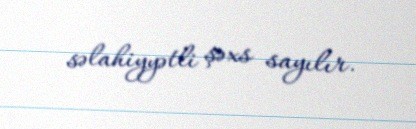
səlahiyyətli şəxs sayılır.